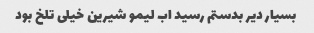
بسیار دیر بدستم رسید اب لیمو شیرین خیلی تلخ بود